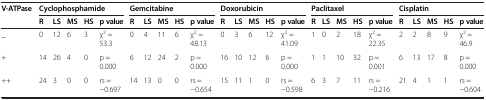
<table><thead><tr><td rowspan="2"><b>V-ATPase</b></td><td colspan="5"><b>Cyclophosphamide</b></td><td colspan="5"><b>Gemcitabine</b></td><td colspan="5"><b>Doxorubicin</b></td><td colspan="5"><b>Paclitaxel</b></td><td colspan="5"><b>Cisplatin</b></td></tr><tr><td><b>R</b></td><td><b>LS</b></td><td><b>MS</b></td><td><b>HS</b></td><td><b>p value</b></td><td><b>R</b></td><td><b>LS</b></td><td><b>MS</b></td><td><b>HS</b></td><td><b>p value</b></td><td><b>R</b></td><td><b>LS</b></td><td><b>MS</b></td><td><b>HS</b></td><td><b>p value</b></td><td><b>R</b></td><td><b>LS</b></td><td><b>MS</b></td><td><b>HS</b></td><td><b>p value</b></td><td><b>R</b></td><td><b>LS</b></td><td><b>MS</b></td><td><b>HS</b></td><td><b>p value</b></td></tr></thead><tbody><tr><td>_</td><td>0</td><td>12</td><td>6</td><td>3</td><td>χ<sup>2</sup> = 53.3</td><td>0</td><td>4</td><td>11</td><td>6</td><td>χ<sup>2</sup> = 48.13</td><td>0</td><td>3</td><td>6</td><td>12</td><td>χ<sup>2</sup> = 41.09</td><td>1</td><td>0</td><td>2</td><td>18</td><td>χ<sup>2</sup> = 22.35</td><td>2</td><td>2</td><td>8</td><td>9</td><td>χ<sup>2</sup> = 46.9</td></tr><tr><td>+</td><td>14</td><td>26</td><td>4</td><td>0</td><td>p = 0.000</td><td>6</td><td>12</td><td>24</td><td>2</td><td>p = 0.000</td><td>16</td><td>10</td><td>12</td><td>6</td><td>p = 0.000</td><td>1</td><td>1</td><td>10</td><td>32</td><td>p = 0.001</td><td>6</td><td>13</td><td>17</td><td>8</td><td>p = 0.000</td></tr><tr><td>++</td><td>24</td><td>3</td><td>0</td><td>0</td><td>rs = −0.697</td><td>14</td><td>13</td><td>0</td><td>0</td><td>rs = −0.654</td><td>15</td><td>11</td><td>1</td><td>0</td><td>rs = −0.598</td><td>6</td><td>3</td><td>7</td><td>11</td><td>rs = −0.216</td><td>21</td><td>4</td><td>1</td><td>1</td><td>rs = −0.604</td></tr></tbody></table>